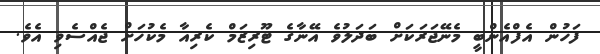
ފަހުން އެފްއެންބީ މެނޭޖަރަކަށް ބަދަލުވެ އޭނާގެ ޓޫރިޒަމް ކެރިއާ މެކުހަށް ޖެެއްސެވި އެވެ.